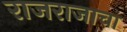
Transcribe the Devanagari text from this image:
राजराजाचा